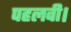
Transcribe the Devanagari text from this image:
पहलवी।